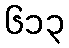
၆၁၃